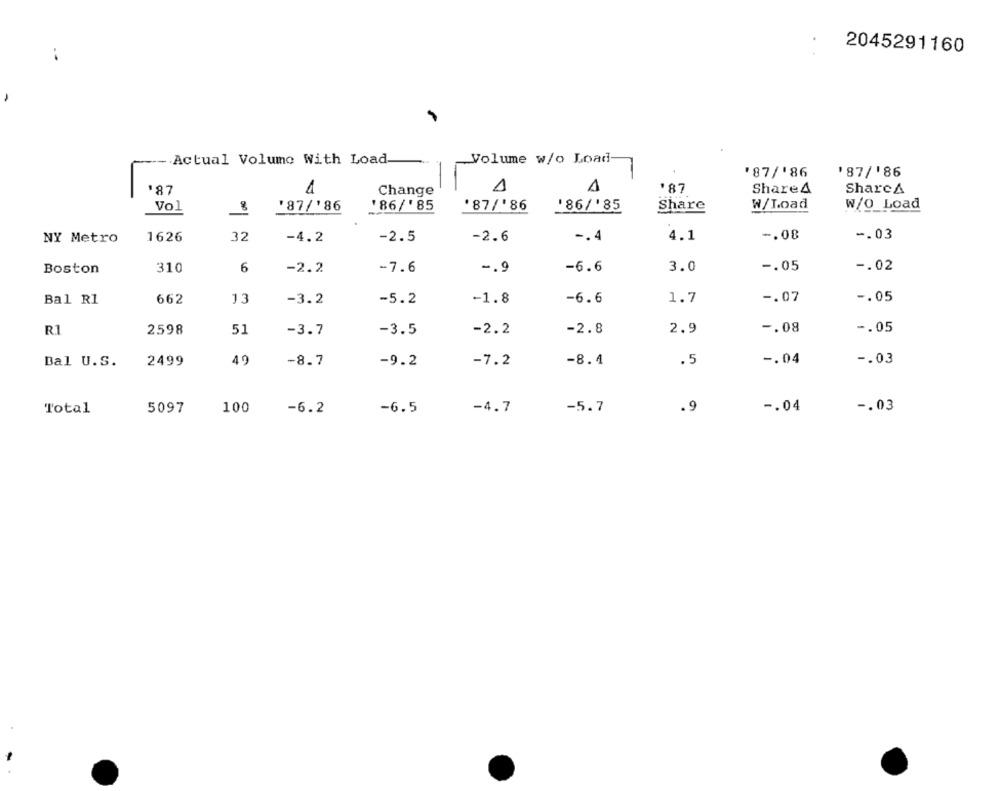
. .
2045291160
Actual Volume With Load
Volume w/o Load
'87/'86
'87/186
'87
Change
A
'87
Share4
SharcA
'87/'86
86/' 85
'87/'86
W/Load
W/O_Load
Vol
'86/'85
Share
1626
32
-4.2
-2.5
-2.6
-. 4
4.1
-. 08
-. 03
NY Metro
Boston
310
6
-2.2
-7.6
-. 9
-6.6
3.0
-. 05
-. 02
Bal R1
662
13
-3.2
-5.2
-1.8
-6.6
1.7
-. 07
-. 05
R1
2598
51
-3.7
-3.5
-2.2
-2.8
2.9
-. 08
-. 05
Bal U.S.
2499
49
-8.7
-9.2
-7.2
-8.4
.5
-. 04
-. 03
Total
5097
100
-6.2
-6.5
-4.7
-5.7
.9
-. 04
-. 03